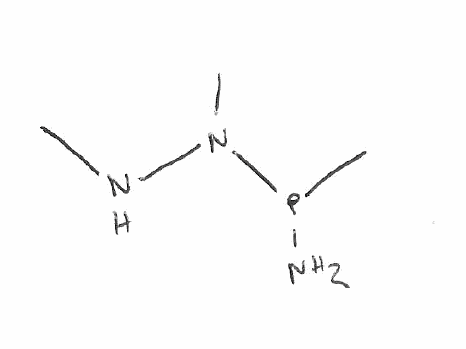
Simplified molecular-input line-entry system (SMILES) notation of the given molecule:
CNN(C)P(C)N